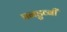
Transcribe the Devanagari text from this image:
पनडुव्बी